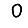
Digit: 0